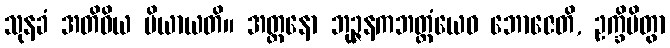
သုနခံ အတိဝိယ ပိယာယတိ။ အတ္တနော ဘုဉ္ဇနကဘတ္တံယေဝ ဘောဇေတိ, ဥက္ခိပိတွာ